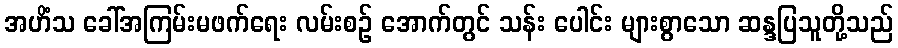
အဟိံသ ခေါ်အကြမ်းမဖက်ရေး လမ်းစဉ် အောက်တွင် သန်း ပေါင်း များစွာသော ဆန္ဒပြသူတို့သည်